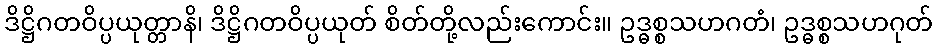
ဒိဋ္ဌိဂတဝိပ္ပယုတ္တာနိ၊ ဒိဋ္ဌိဂတဝိပ္ပယုတ် စိတ်တို့လည်းကောင်း။ ဥဒ္ဓစ္စသဟဂတံ၊ ဥဒ္ဓစ္စသဟဂုတ်